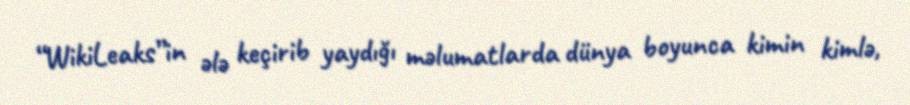
“WikiLeaks”in ələ keçirib yaydığı məlumatlarda dünya boyunca kimin kimlə,